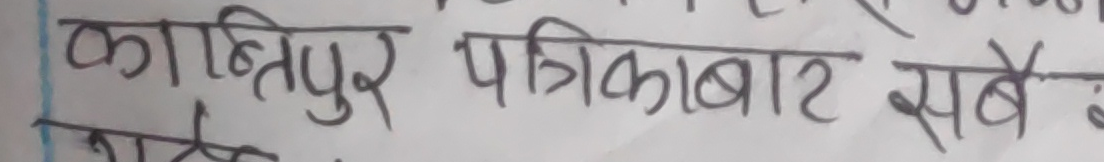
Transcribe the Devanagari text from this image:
कान्तिपुर पत्रिकाबाट सबै